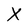
Character: X